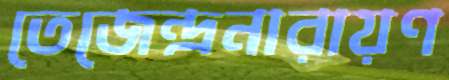
তেজেন্দ্রনারায়ণ